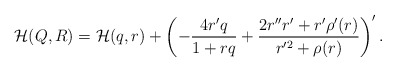
\begin{align*}{\cal H}(Q,R) = {\cal H}(q,r) + \left(- \frac{4r'q}{1 + rq} + \frac{2r''r'+ r'\rho'(r)}{r'^2 + \rho(r)}\right)'. \end{align*}